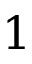
1